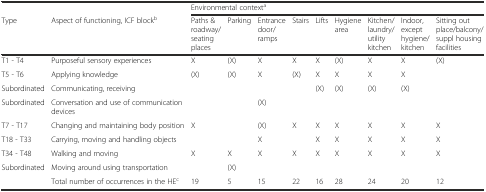
|  |  | <COLSPAN=9> Environmental contexta |
 | Type | Aspect of functioning, ICF blockb | Paths & roadway/seating places | Parking | Entrance door/ramps | Stairs | Lifts | Hygiene area | Kitchen/laundry/utility kitchen | Indoor, except hygiene/kitchen | Sitting out place/balcony/suppl housing facilities |
 | --- | --- | --- | --- | --- | --- | --- | --- | --- | --- | --- |
 | T1 - T4 | Purposeful sensory experiences | X | (X) | X | X | X | (X) | X | X | (X) |
 | T5 - T6 | Applying knowledge | (X) | (X) | X | (X) | X | X | X | X |  |
 | Subordinated | Communicating, receiving |  |  |  |  | (X) | (X) | (X) | (X) |  |
 | Subordinated | Conversation and use of communication devices |  |  | (X) |  |  |  |  |  |  |
 | T7 - T17 | Changing and maintaining body position | X |  | (X) | X | X | X | X | X | X |
 | T18 - T33 | Carrying, moving and handling objects |  |  | X |  | X | X | X | X | X |
 | T34 - T48 | Walking and moving | X | X | X | X | X | X | X | X | X |
 | Subordinated | Moving around using transportation |  | (X) |  |  |  |  |  |  |  |
 |  | Total number of occurrences in the HEc | 19 | 5 | 15 | 22 | 16 | 28 | 24 | 20 | 12 |